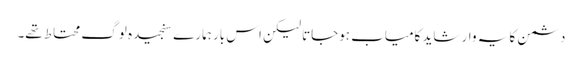
دشمن کا یہ وار شاید کامیاب ہوجاتا لیکن اس بار ہمارے سنجیدہ لوگ محتاط تھے۔